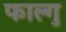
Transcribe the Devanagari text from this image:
फाल्गु